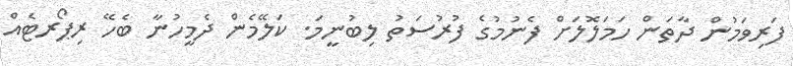
ފަރިވަމުން ދާތަން ހަމަލޮލަށް ފެނުމުގެ ފުރުސަތު ލިބުނީމަ. ކަލޭމެން ދެމީހުނާ ބެހޭ ރިޕޯރޓެއް